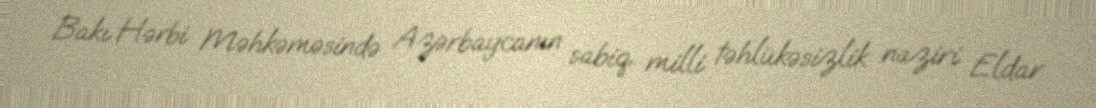
Bakı Hərbi Məhkəməsində Azərbaycanın sabiq milli təhlükəsizlik naziri Eldar